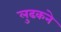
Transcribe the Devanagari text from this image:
लुढकने